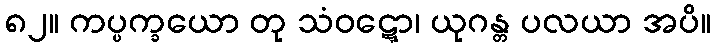
၈၂။ ကပ္ပက္ခယော တု သံဝဋ္ဋော၊ ယုဂန္တ ပလယာ အပိ။